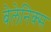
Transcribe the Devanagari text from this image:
बेलेनिक्स